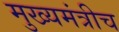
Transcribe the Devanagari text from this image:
मुख्यमंत्रीच